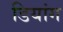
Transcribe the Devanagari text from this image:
डियांग